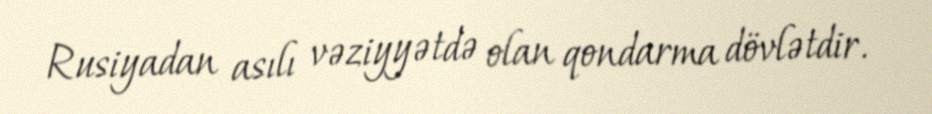
Rusiyadan asılı vəziyyətdə olan qondarma dövlətdir.